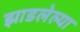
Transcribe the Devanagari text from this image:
झाडलेल्या